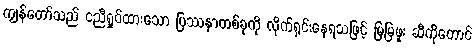
ကျွန်တော်သည် ငညီရှုပ်ထားသော ပြဿနာတစ်ခုကို လိုက်ရှင်းနေရသဖြင့် မြမြဖူး ဆီကိုတောင်